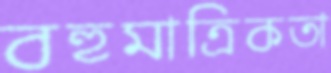
বহুমাত্রিকতা